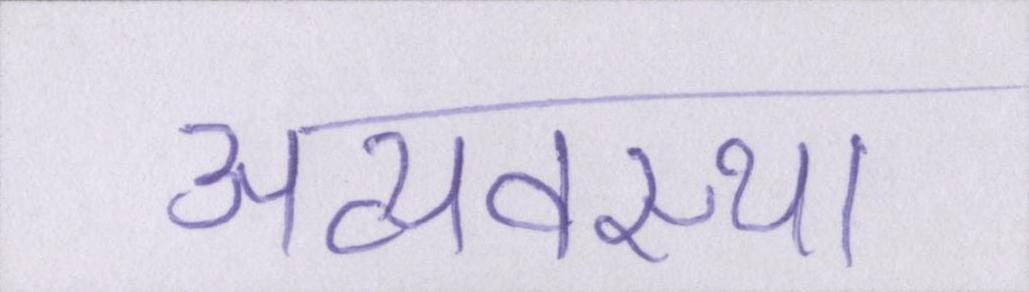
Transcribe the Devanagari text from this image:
अव्यवस्था